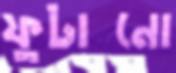
ফুটানো